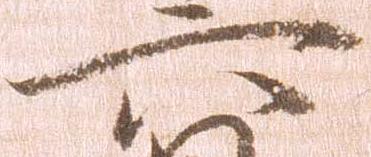
六